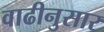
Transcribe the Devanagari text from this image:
वाढीनुसार